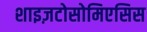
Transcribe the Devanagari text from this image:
शाइज़टोसोमिएसिस